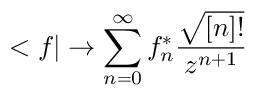
< f | \rightarrow \sum _ { n = 0 } ^ { \infty } f _ { n } ^ { * } \frac { \sqrt { [ n ] ! } } { z ^ { n + 1 } }